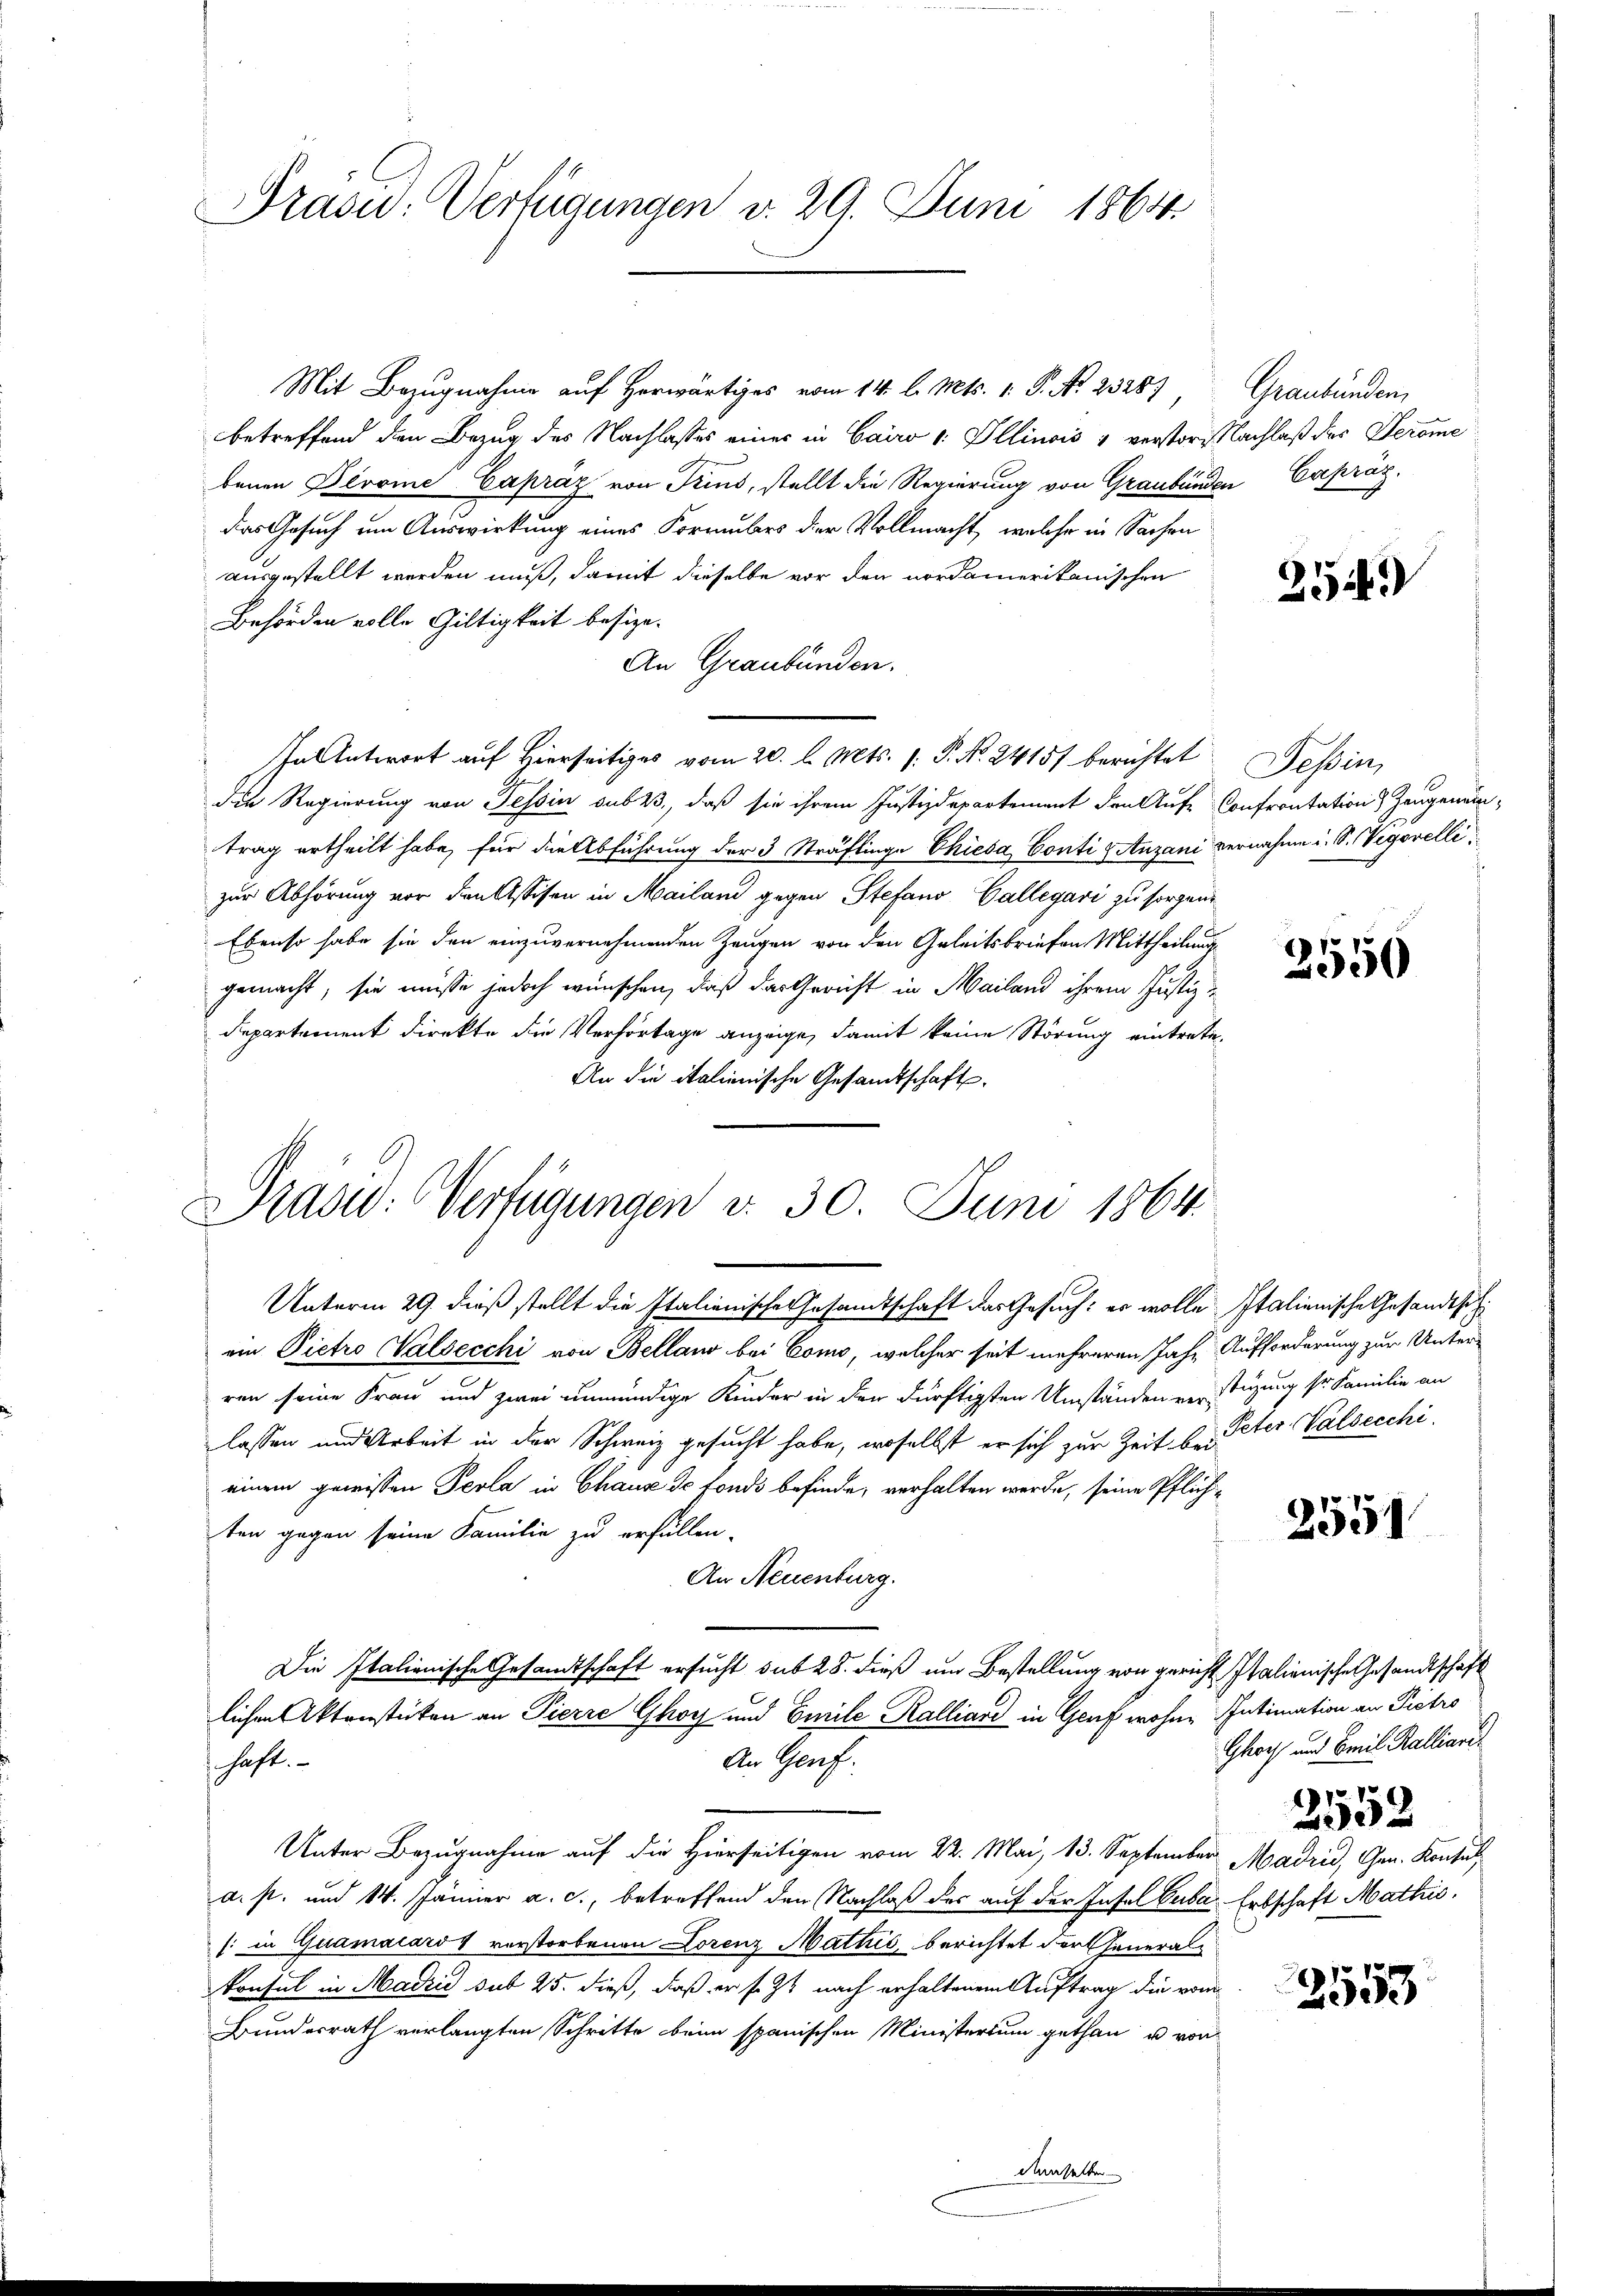
Prasid: Verfügungen v. 29. Juni 1864.

Mit Bezugnahme auf erwärts vom 14. l. Mts. 1. P. Nr. 2328)
betreffend den Bezug des Nachlasses einer in Cairo v. Illinois & verstori Nachlaß des Jerome
benen Devome-Capráz von Trius, stellt die Regierung von Graubünden Crepräs.
das Gesuch um Auswirkung eines Korrbes der Vollmacht, welche in Sachen
ausgestellt werden muß, damit dieselbe vor den nordamerikanischen
Behörden volle Gültigkeit besize-
An Graubünden.
Fantwort auf hierseits vom 20. d. Mts. f. P. Nr. 2415/ berichtet. Tessin,
die Regierung von Tessin sub 23, daß sie ihrem Justizdepartement den Auf Confrontation & Zeugenein-
trag ertheilt habe, für die Abführung der 3 Sträflinge Chiesa Conti Anzani vernahme u. S. Vigorellizur Abhörung vor den Assisen in Mailand gegen Stefano Gallegari zu sorgen
Ebenso habe sie den einzuvernehmenden Zeugen von den Geleitsbriefen Mittheilung
gemacht, sie müsse jedoch wünschen, daß das Gericht in Mailand ihrem Justiz-
Departement direkte die Verfortage anzeige, damit keine Störung eintrete,
An die italienische Gesandtschaft.

Präsid: Verfügungen d. 30. Juni 1864.

Unterm 29. dieß stellt die Italionische Gesamtschaft das Gesuch: es wolle Italienische Gesandtsch
ein Pietro Walsecchi von Belland bei Como, welcher seit mehreren Jahr Aufforderung zur Unter-
ren seine Frau und zwei unmündige Kinder in den dürftigsten Umständen verstützung sr Familie an
lassen und Arbeit in der Schweiz gesucht habe, woselbst er sich zur Zeit bei Peter Valsecchi,
einem gewissen Perle in Chaux de fonds befinde, verhalten werde, seine Pflichten gegen seine Familie zu erfüllen.
An Neuenburg.
Die Italienische Gesandtschaft ersucht sub 28. dieß um Bestellung von gericht Italienische Gesandtschäft
lichen Aktensteten an Pierre Ghoy und Emile Kalliard in Genf wohne Intimation an Pietro
An Genf.
schaft.
 2. Mai 13. September Madrid, Gen. Konte
a. s. und 14. Jänner a. c., betreffend den Nachlaß der auf der Insel Cuba. Erbschaft Mathić.
(: in Quamacard & verstorbenen Lorenz Mathis, berichtet der Generalkonsul in Madrid sub 25. dieß, daß er f. 24 nach erhaltenem Auftrag die vom
Bundesrath verlangten Schritte beim spanischen Ministerium gethan u. von
demselben

Graubünden,

254

2550

2551

Ghoch und Emil Kalliari
2552

2553